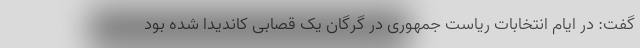
گفت: در ایام انتخابات ریاست جمهوری در گرگان یک قصابی کاندیدا شده بود